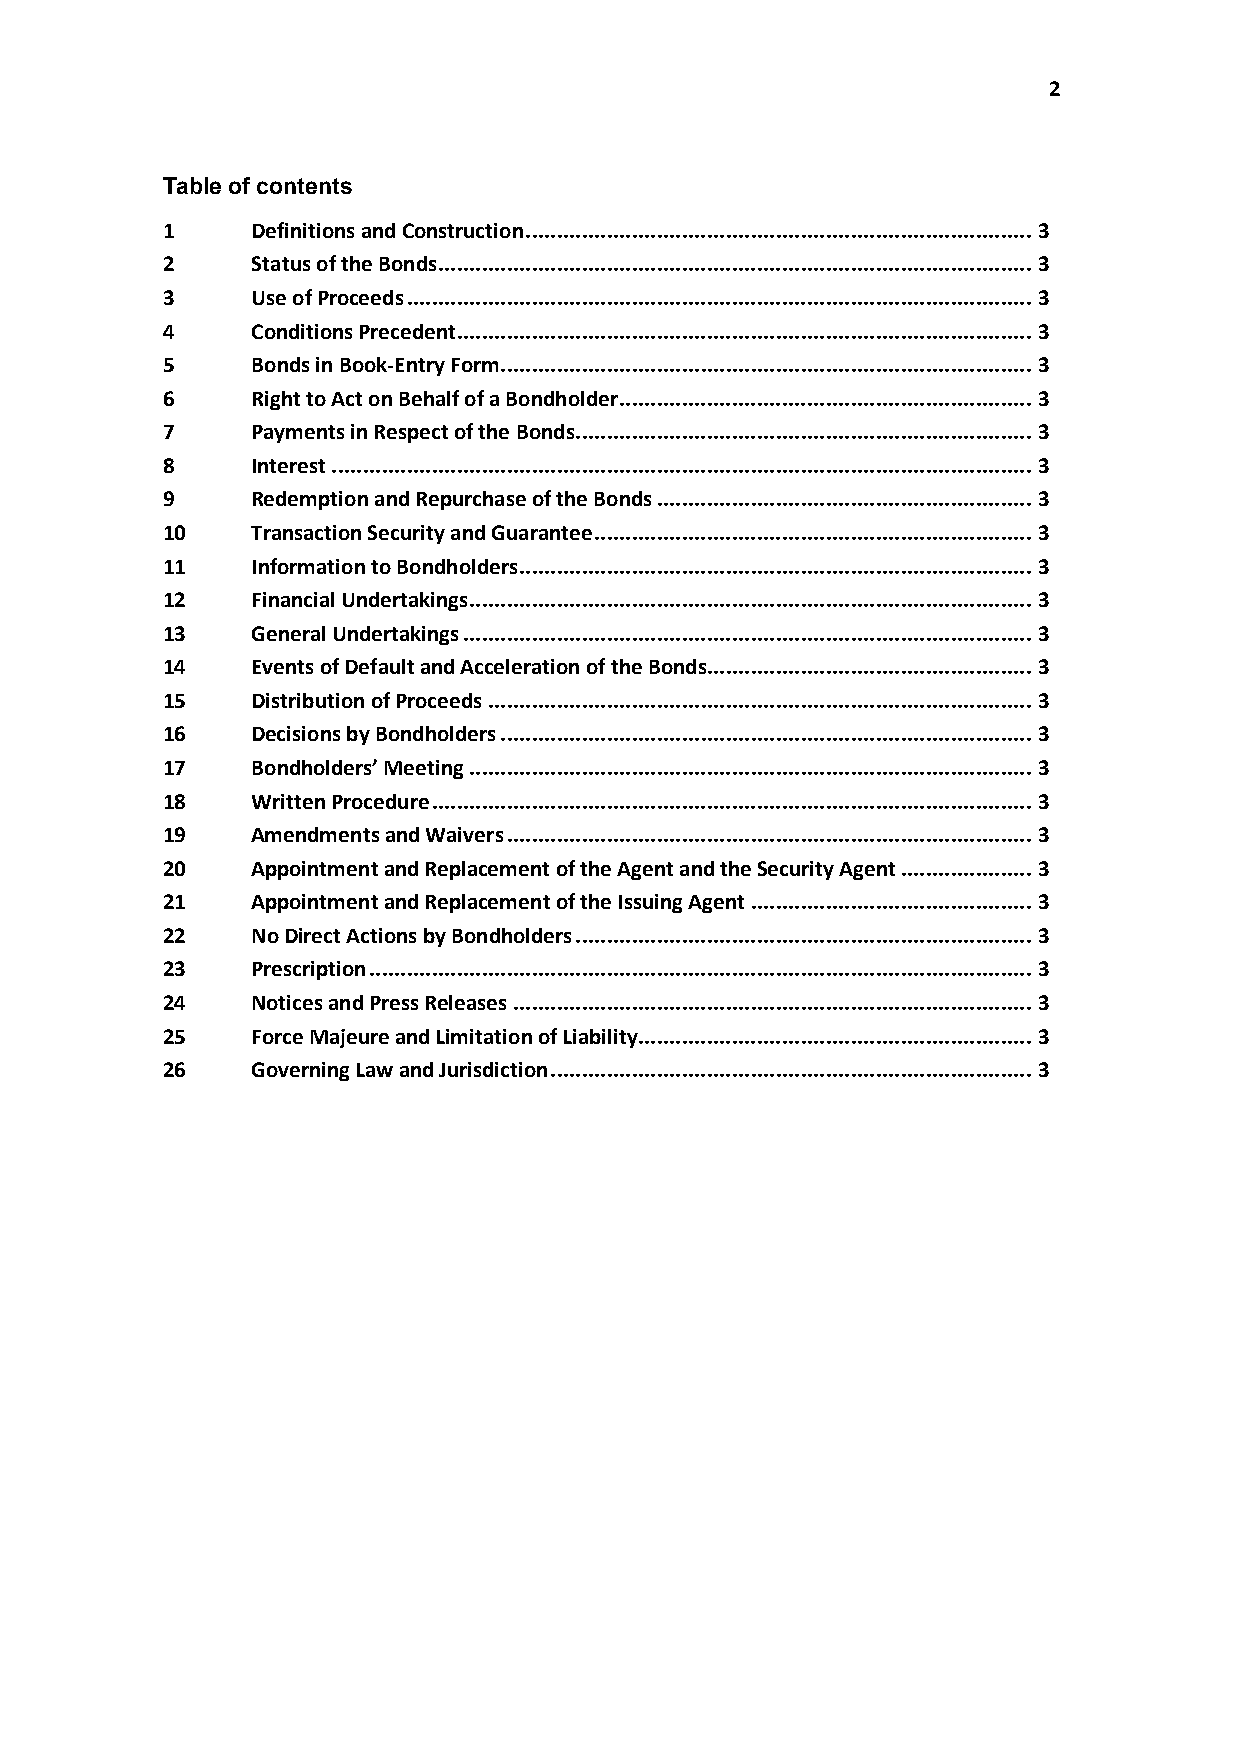
2
 Table of contents
 1     Definitions and Construction.................................................................................3
 2     Status of the Bonds...............................................................................................3
 3     Use of Proceeds....................................................................................................3
 4     Conditions Precedent............................................................................................3
 5     Bonds in Book-Entry Form.....................................................................................3
 6     Right to Act on Behalf of a Bondholder..................................................................3
 7     Payments in Respect of the Bonds.........................................................................3
 8     Interest................................................................................................................3
 9     Redemption and Repurchase of the Bonds............................................................3
 10    Transaction Securityand Guarantee......................................................................3
 11    Information to Bondholders..................................................................................3
 12    Financial Undertakings..........................................................................................3
 13    General Undertakings...........................................................................................3
 14    Events of Default and Acceleration of the Bonds....................................................3
 15    Distribution of Proceeds.......................................................................................3
 16    Decisions by Bondholders.....................................................................................3
 17    Bondholders’ Meeting..........................................................................................3
 18    Written Procedure................................................................................................3
 19    Amendments and Waivers....................................................................................3
 20    Appointment and Replacement of the Agent and the Security Agent.....................3
 21    Appointment and Replacement of the Issuing Agent.............................................3
 22    No Direct Actions by Bondholders.........................................................................3
 23    Prescription..........................................................................................................3
 24    Notices and Press Releases...................................................................................3
 25    Force Majeure and Limitation of Liability...............................................................3
 26    Governing Law and Jurisdiction.............................................................................3